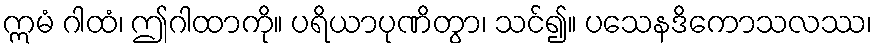
ဣမံ ဂါထံ၊ ဤဂါထာကို။ ပရိယာပုဏိတွာ၊ သင်၍။ ပသေနဒိကောသလဿ၊